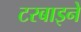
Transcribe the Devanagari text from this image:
टरबाइने